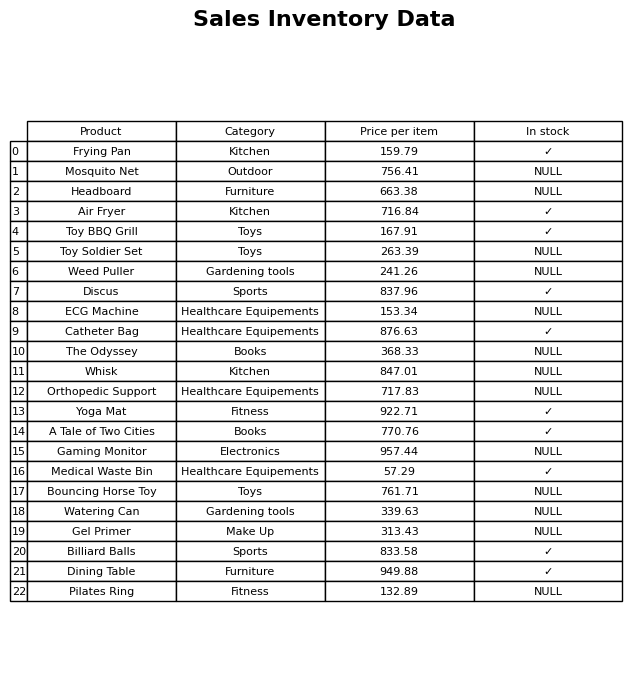
question: Which products are currently out of stock?
answer: Mosquito Net, Headboard, Toy Soldier Set, Weed Puller, ECG Machine, The Odyssey, Whisk, Orthopedic Support, Gaming Monitor, Bouncing Horse Toy, Watering Can, Gel Primer, Pilates Ring